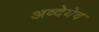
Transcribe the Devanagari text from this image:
अव्देयेव